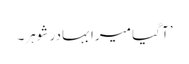
’آ گیا میرا بہادر شوہر۔